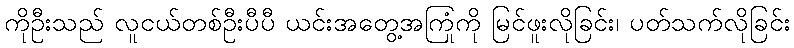
ကိုဦးသည် လူငယ်တစ်ဦးပီပီ ယင်းအတွေ့အကြုံကို မြင်ဖူးလိုခြင်း၊ ပတ်သက်လိုခြင်း